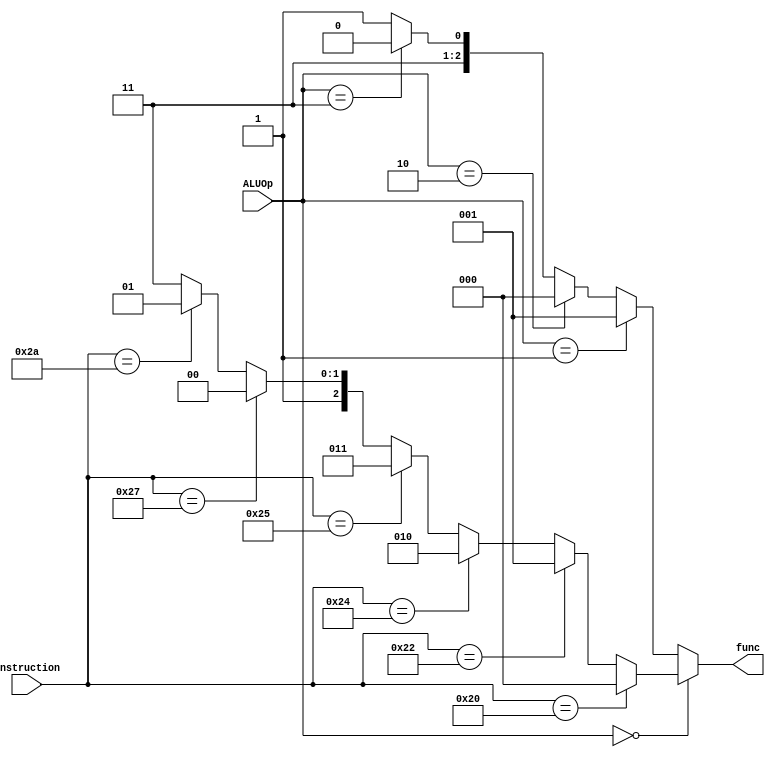
`timescale 1ns / 1ns

module ALU_control(
	 input [5:0] instruction,
	 input [1:0] ALUOp,
	 output reg [2:0] func
    );

 always @(*) begin
	if (ALUOp == 2'b00) begin  
		if (instruction == 6'h20) 
		func = 3'd0;
		else if (instruction == 6'h22)
		func = 3'd1;
		else if (instruction == 6'h24)
		func = 3'd2;
		else if (instruction == 6'h25)
		func = 3'd3;
		else if (instruction == 6'h27)
		func = 3'd4;
		else if (instruction == 6'h2a)
		func = 3'd5; 
		else
		func = 3'd7;
	end else if (ALUOp == 2'b01) begin //BEQ, BNE
		func = 3'd1;
	end else if (ALUOp == 2'b10) begin //addi
		func = 3'd0;
    end else if (ALUOp == 2'b11) begin
        func = 3'd6; 
	end else begin
		func = 3'd7;
	end
   end


endmodule